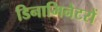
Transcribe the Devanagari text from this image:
डिनामिनेटरों